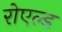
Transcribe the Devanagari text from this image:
रोएल्ड